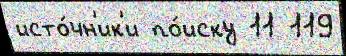
исто́чн'ик'и по́иску 11 119